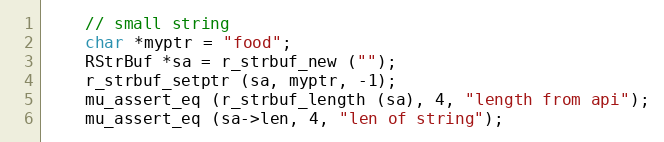
Language: C
	// small string
	char *myptr = "food";
	RStrBuf *sa = r_strbuf_new ("");
	r_strbuf_setptr (sa, myptr, -1);
	mu_assert_eq (r_strbuf_length (sa), 4, "length from api");
	mu_assert_eq (sa->len, 4, "len of string");